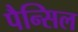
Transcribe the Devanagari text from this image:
पैन्सिल